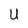
Character: U